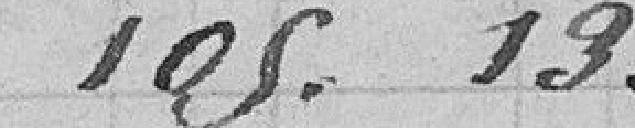
105.19